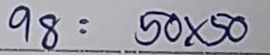
98 = 50 x 50